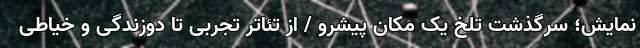
نمایش؛ سرگذشت تلخ یک مکان پیشرو / از تئاتر تجربی تا دوزندگی و خیاطی